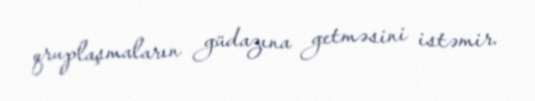
qruplaşmaların güdazına getməsini istəmir.